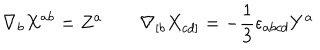
LaTeX: \nabla _ { b } X ^ { a b } = Z ^ { a } \qquad \nabla _ { [ b } X _ { c d ] } = - \frac { 1 } { 3 } \epsilon _ { a b c d } Y ^ { a }